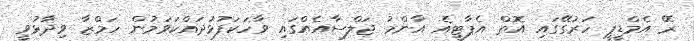
ރޭ އެމްޑީޕީ ހަރުގޭގައި އޮތް އެޕާޓީޣެ އާންމު ޖަލްސާއެއްގައި ވާހަކަފުޅުދައްކަވަމުން ހަމްޒާ ވިދާޅުވީ